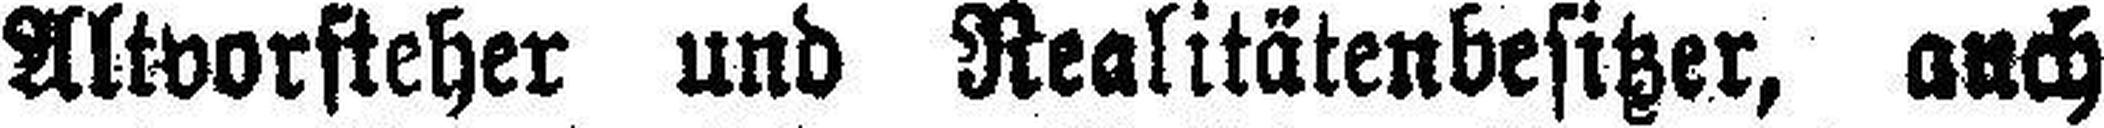
Altvorsteher und Realitätenbesitzer, auch